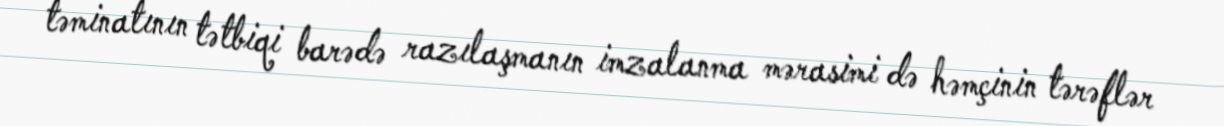
təminatının tətbiqi barədə razılaşmanın imzalanma mərasimi də həmçinin tərəflər